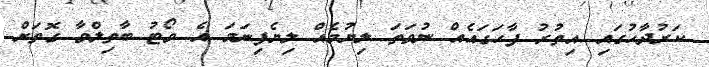
ކަރުދާހުގައި އިތުރު ފާހަގައެއް ނުވަތަ ލިޔުމެއް ލިޔެފިނަމަ އެ ވޯޓު ބާތިލްވާ ގޮތަށް